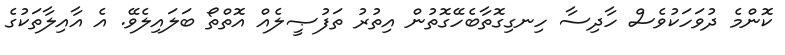
ކޮންމެ ދުވަހަކުވެސް ހާދިސާ ހިނގިގޮތާބެހޭގޮތުން އިތުރު ތަފުޞީލެއް އޮތްތޯ ބަލައިލެވޭ. އެ އާއިލާތަކުގެ